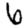
Digit: 6